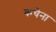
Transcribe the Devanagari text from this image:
कचेना